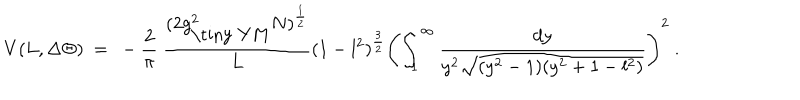
V ( L , \Delta \Theta ) ~ = ~ - \frac { 2 } { \pi } ~ \frac { ( 2 g _ { \mathrm { \tiny ~ Y M } } ^ { 2 } N ) ^ { \frac { 1 } { 2 } } } { L } ( 1 - l ^ { 2 } ) ^ { \frac { 3 } { 2 } } \left( \int _ { 1 } ^ { \infty } \frac { d y } { y ^ { 2 } \sqrt { ( y ^ { 2 } - 1 ) ( y ^ { 2 } + 1 - l ^ { 2 } ) } } \right) ^ { 2 } ~ .